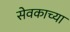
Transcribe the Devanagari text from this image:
सेवकाच्या